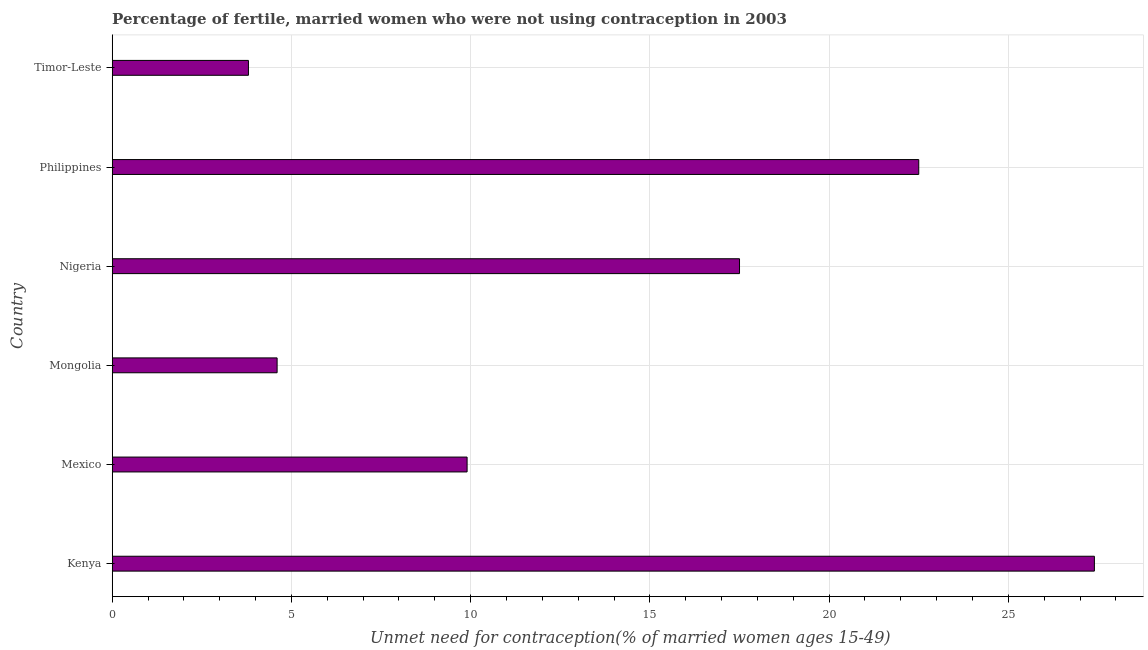
| Country | Unmet need for contraception |
 | --- | --- |
 | Kenya | 27.4 |
 | Mexico | 9.9 |
 | Mongolia | 4.6 |
 | Nigeria | 17.5 |
 | Philippines | 22.5 |
 | Timor-Leste | 3.8 |